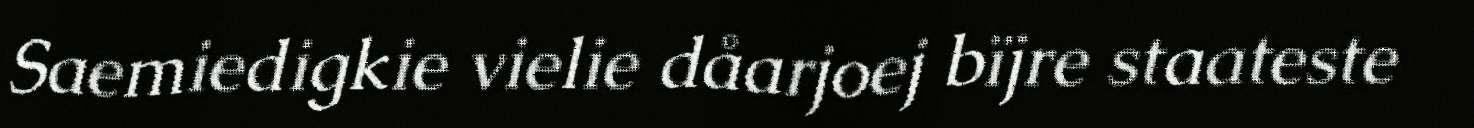
Saemiedigkie vielie dåarjoej bïjre staateste